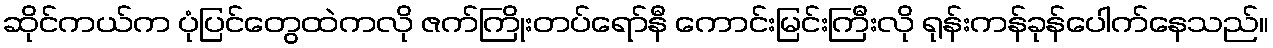
ဆိုင်ကယ်က ပုံပြင်တွေထဲကလို ဇက်ကြိုးတပ်ရော်နီ ကောင်းမြင်းကြီးလို ရုန်းကန်ခုန်ပေါက်နေသည်။